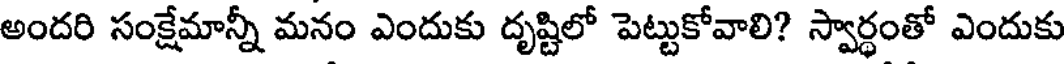
అందరి సంక్షేమాన్నీ మనం ఎందుకు దృష్టిలో పెట్టుకోవాలి? స్వార్ధంతో ఎందుకు